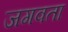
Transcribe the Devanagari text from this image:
जगवता